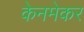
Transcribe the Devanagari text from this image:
केनमेकर